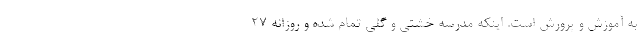
به آموزش و پرورش است. اینکه مدرسه خشتی و گلی تمام شده و روزانه 27